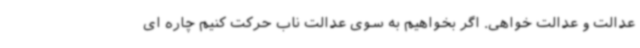
عدالت و عدالت خواهی. اگر بخواهیم به سوی عدالت ناب حرکت کنیم چاره ای